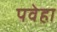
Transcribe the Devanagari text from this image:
पवेहा